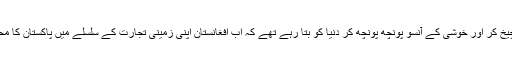
بھارتی چیخ چیخ کر اور خوشی کے آنسو پونچھ پونچھ کر دنیا کو بتا رہے تھے کہ اب افغانستان اپنی زمینی تجارت کے سلسلے میں پاکستان کا محتاج نہیں رہا۔